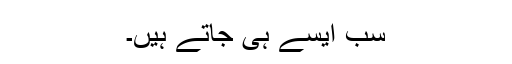
سب ایسے ہی جاتے ہیں۔